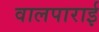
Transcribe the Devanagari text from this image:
वालपाराई